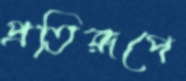
প্রতিরূপে